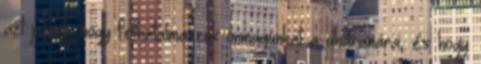
azt jelenti, hogy felhatalmazzuk önmagunkat a dháranára, és hogy